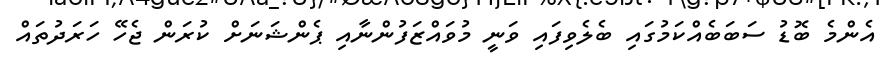
އެންމެ ބޮޑު ސަބަބެއްކަމުގައި ބެލެވިފައި ވަނީ މުވައްޒަފުންނާއި ޕެންޝަނަށް ކުރަން ޖެހޭ ހަރަދުތައް